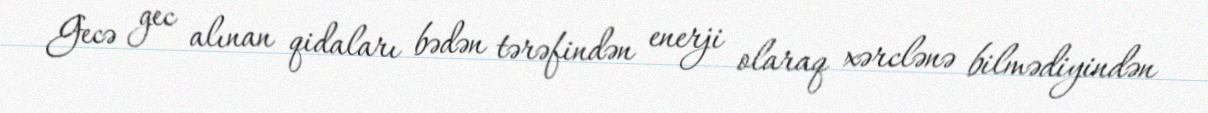
Gecə gec alınan qidaları bədən tərəfindən enerji olaraq xərclənə bilmədiyindən